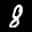
Label: 8